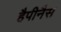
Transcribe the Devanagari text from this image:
हैपीनैस